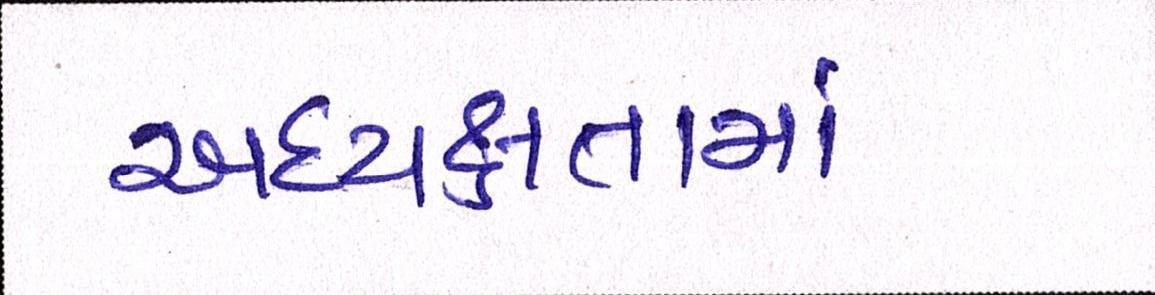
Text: અધ્યક્ષતામાં